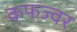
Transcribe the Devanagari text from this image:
कफज्वर